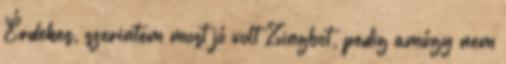
Érdekes, szerintem most jó volt Zingbot, pedig amúgy nem